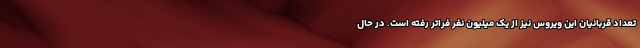
تعداد قربانیان این ویروس نیز از یک میلیون نفر فراتر رفته است. در حال